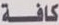
كافة